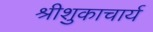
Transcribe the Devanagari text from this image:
श्रीशुकाचार्य